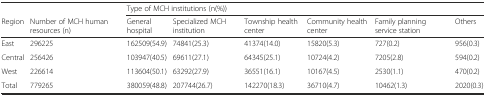
<table><thead><tr><td></td><td></td><td colspan="6"><b>Type of MCH institutions (n(%))</b></td></tr><tr><td><b>Region</b></td><td><b>Number of MCH human resources (n)</b></td><td><b>General hospital</b></td><td><b>Specialized MCH institution</b></td><td><b>Township health center</b></td><td><b>Community health center</b></td><td><b>Family planning service station</b></td><td><b>Others</b></td></tr></thead><tbody><tr><td>East</td><td>296225</td><td>162509(54.9)</td><td>74841(25.3)</td><td>41374(14.0)</td><td>15820(5.3)</td><td>727(0.2)</td><td>956(0.3)</td></tr><tr><td>Central</td><td>256426</td><td>103947(40.5)</td><td>69611(27.1)</td><td>64345(25.1)</td><td>10724(4.2)</td><td>7205(2.8)</td><td>594(0.2)</td></tr><tr><td>West</td><td>226614</td><td>113604(50.1)</td><td>63292(27.9)</td><td>36551(16.1)</td><td>10167(4.5)</td><td>2530(1.1)</td><td>470(0.2)</td></tr><tr><td>Total</td><td>779265</td><td>380059(48.8)</td><td>207744(26.7)</td><td>142270(18.3)</td><td>36710(4.7)</td><td>10462(1.3)</td><td>2020(0.3)</td></tr></tbody></table>